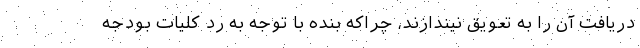
دریافت آن را به تعویق نیندازند، چراکه بنده با توجه به رد کلیات بودجه